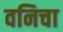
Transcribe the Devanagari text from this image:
वनिचा